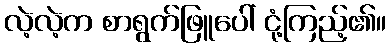
လဲ့လဲ့က စာရွက်ဖြူပေါ် ငုံ့ကြည့်၏။